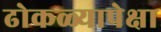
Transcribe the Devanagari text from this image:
ढोकळ्यापेक्षा